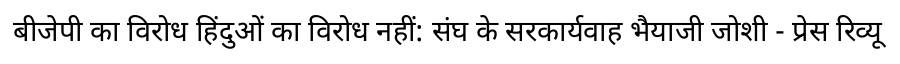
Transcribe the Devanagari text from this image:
बीजेपी का विरोध हिंदुओं का विरोध नहीं: संघ के सरकार्यवाह भैयाजी जोशी - प्रेस रिव्यू